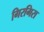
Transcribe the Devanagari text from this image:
गिरगिरा